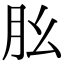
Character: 𦘷